Document type: Oath
Year: 1447
Scribe: Pere Figuerola
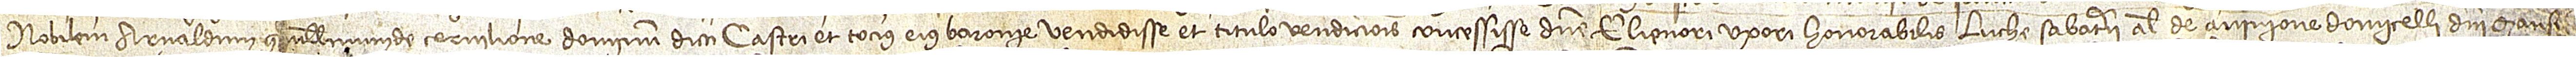
nobilem Arnaldum Guillelmum de Cervilione, dominum dicti castri et tocius eius baronie, vendidisse et titulo vendicionis concessisse domine Elienori, uxori honorabilis Luche Sabaterii, alias de Avinione, domicelli domini mansi